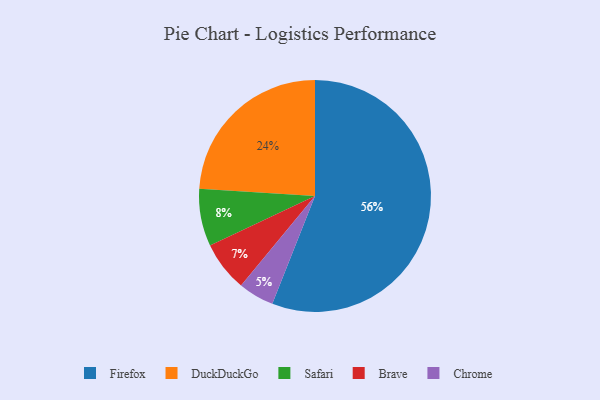
{"axis": {"x": "Category", "y": "Percentage"}, "legend": ["Brave", "Chrome", "DuckDuckGo", "Firefox", "Safari"], "data": [{"x": "Safari", "y": 8, "type": "Safari"}, {"x": "Chrome", "y": 5, "type": "Chrome"}, {"x": "Brave", "y": 7, "type": "Brave"}, {"x": "DuckDuckGo", "y": 24, "type": "DuckDuckGo"}, {"x": "Firefox", "y": 56, "type": "Firefox"}]}